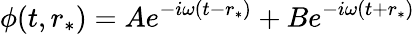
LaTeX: \phi(t,r_{*})=Ae^{-i\omega(t-r_{*})}+Be^{-i\omega(t+r_{*})}